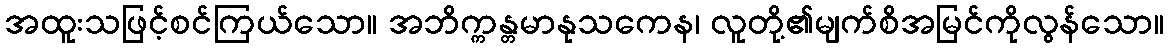
အထူးသဖြင့်စင်ကြယ်သော။ အဘိက္ကန္တမာနုသကေန၊ လူတို့၏မျက်စိအမြင်ကိုလွန်သော။